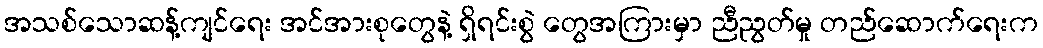
အသစ်သောဆန့်ကျင်ရေး အင်အားစုတွေနဲ့ ရှိရင်းစွဲ တွေအကြားမှာ ညီညွတ်မှု တည်ဆောက်ရေးက